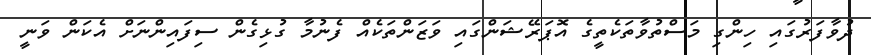
ދުވާފަރުގައި ހިންގި މަސްތުވާތަކެތީގެ އޮޕަރޭޝަންގައި ވަޒަންތަކެއް ފެނުމާ ގުޅިގެން ސިފައިންނަށް އެކަން ވަނީ